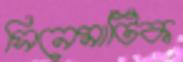
সিনেমাটিক